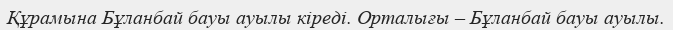
Құрамына Бұланбай бауы ауылы кіреді. Орталығы – Бұланбай бауы ауылы.